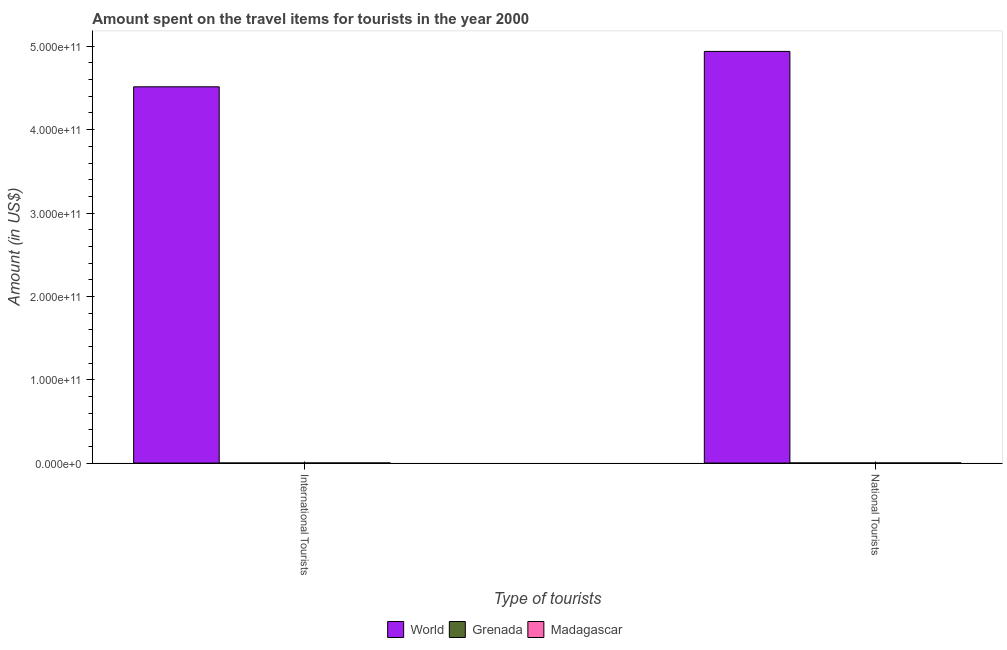
| Type of tourists | World | Grenada | Madagascar |
 | --- | --- | --- | --- |
 | International Tourists | 4.51e+11 | 8e+06 | 1.15e+08 |
 | National Tourists | 4.94e+11 | 9.3e+07 | 1.21e+08 |